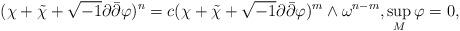
LaTeX: \begin{align*}(\chi + \tilde\chi + \sqrt{-1} \partial\bar\partial\varphi)^n = c (\chi + \tilde\chi + \sqrt{-1}\partial\bar\partial \varphi)^m \wedge \omega^{n - m},\sup_M \varphi = 0,\end{align*}